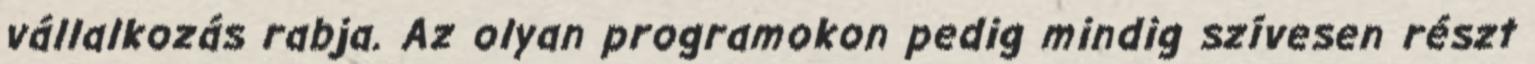
vállalkozás rabja. Az olyan programokon pedig mindig szívesen részt